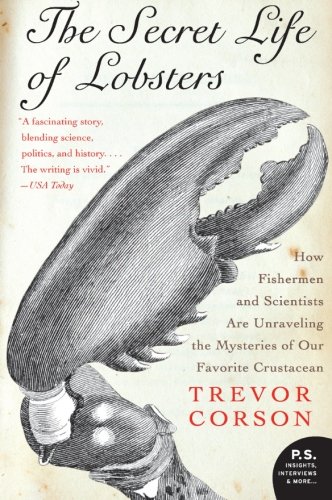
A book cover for The Secret Life of Lobsters: How Fishermen and Scientists Are Unraveling the Mysteries of Our Favorite Crustacean (P.S.); Trevor Corson; Science & Math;